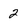
Character: 2